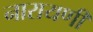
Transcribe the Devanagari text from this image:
नारायणीं